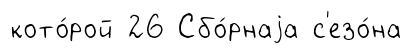
кото́рой 26 Сбо́рнаjа с'езо́на